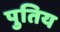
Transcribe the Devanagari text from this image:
पुतिय